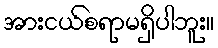
အားငယ်စရာမရှိပါဘူး။